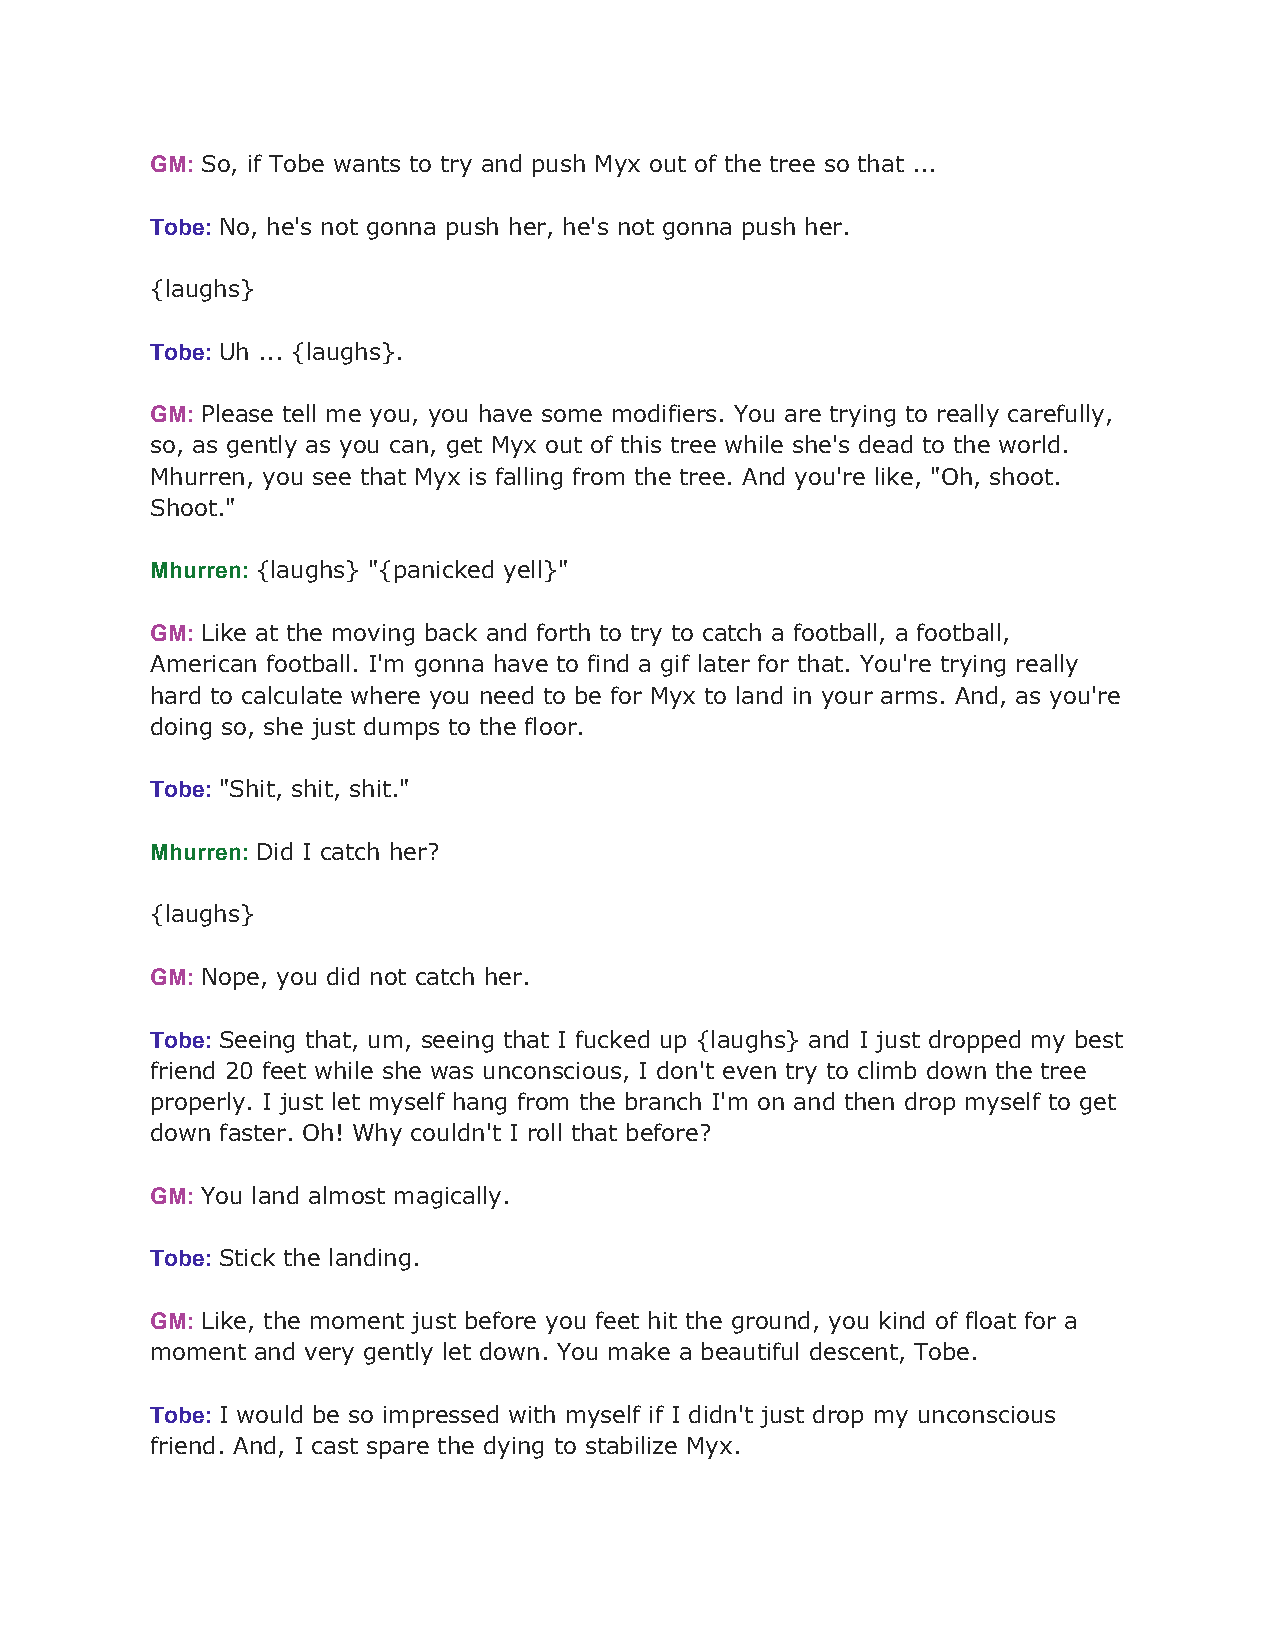
GM: So, if Tobe wants to try and push Myx out of the tree so that ...
 ​
 Tobe: No, he's not gonna push her, he's not gonna push her.
 ​
 {laughs}
 Tobe: Uh ... {laughs}.
 ​
 GM: Please tell me you, you have some modifiers. You are trying to really carefully,
 ​
 so, as gently as you can, get Myx out of this tree while she's dead to the world.
 Mhurren, you see that Myx is falling from the tree. And you're like, "Oh, shoot.
 Shoot."
 Mhurren: {laughs} "{panicked yell}"
 ​
 GM: Like at the moving back and forth to try to catch a football, a football,
 ​
 American football. I'm gonna have to find a gif later for that. You're trying really
 hard to calculate where you need to be for Myx to land in your arms. And, as you're
 doing so, she just dumps to the floor.
 Tobe: "Shit, shit, shit."
 ​
 Mhurren: Did I catch her?
 ​
 {laughs}
 GM: Nope, you did not catch her.
 ​
 Tobe: Seeing that, um, seeing that I fucked up {laughs} and I just dropped my best
 ​
 friend 20 feet while she was unconscious, I don't even try to climb down the tree
 properly. I just let myself hang from the branch I'm on and then drop myself to get
 down faster. Oh! Why couldn't I roll that before?
 GM: You land almost magically.
 ​
 Tobe: Stick the landing.
 ​
 GM: Like, the moment just before you feet hit the ground, you kind of float for a
 ​
 moment and very gently let down. You make a beautiful descent, Tobe.
 Tobe: I would be so impressed with myself if I didn't just drop my unconscious
 ​
 friend. And, I cast spare the dying to stabilize Myx.